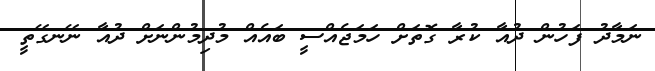
ނަމާދު ފަހުން ދުއާ ކުރާ ގޮތަށް ހަމަޖެއްސީ ބައެއް މުދިމުންނަށް ދުއާ ނޭނގޭތީ